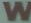
W